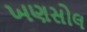
ખણસોલ